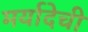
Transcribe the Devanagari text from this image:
मर्यादेची